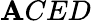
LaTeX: \mathbf{A}CED